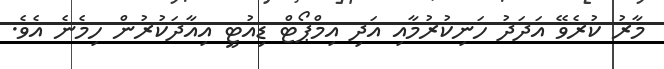
މާރު ކުރެވޭ އަދަދު ހަނިކުރުމާއި އަދި އިމްޕޯޓް ޑިއުޓީ އިއާދަކުރުން ހިމެނެ އެވެ.